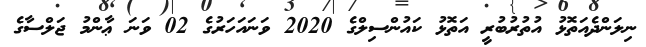
ނިލަންދެއަތޮޅު އުތުރުބުރީ އަތޮޅު ކައުންސިލްގެ 2020 ވަނައަހަރުގެ 02 ވަނަ ޢާންމު ޖަލްސާގެ